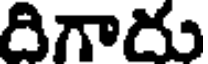
దిగాదు